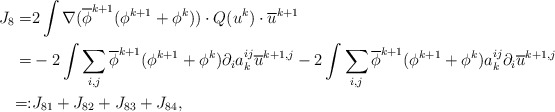
\begin{align*}J_8=&2\int \nabla (\overline{\phi}^{k+1}(\phi^{k+1}+\phi^k))\cdot Q(u^k) \cdot \overline{u}^{k+1}\\=&-2 \int \sum_{i,j}\overline{\phi}^{k+1} (\phi^{k+1}+\phi^k)\partial_i a^{ij}_k\overline{u}^{k+1,j}-2\int \sum_{i,j} \overline{\phi}^{k+1}(\phi^{k+1}+\phi^k) a^{ij}_k\partial_i \overline{u}^{k+1,j}\\=:& J_{81}+J_{82}+J_{83}+J_{84},\end{align*}